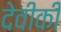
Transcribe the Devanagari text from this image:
देवीकी